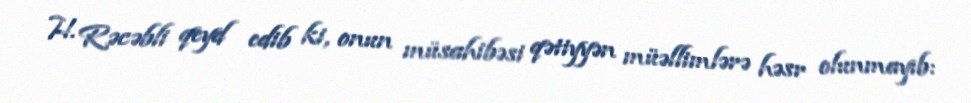
H. Rəcəbli qeyd edib ki, onun müsahibəsi qətiyyən müəllimlərə həsr olunmayıb: